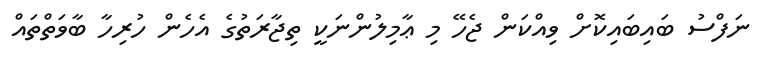
ނަފްސު ބައިބައިކޮށް ވިއްކަން ޖެހޭ މި ޢާމިލުންނަކީ ތިޖާރަތުގެ އެހެން ހުރިހާ ބާވަތްތައް